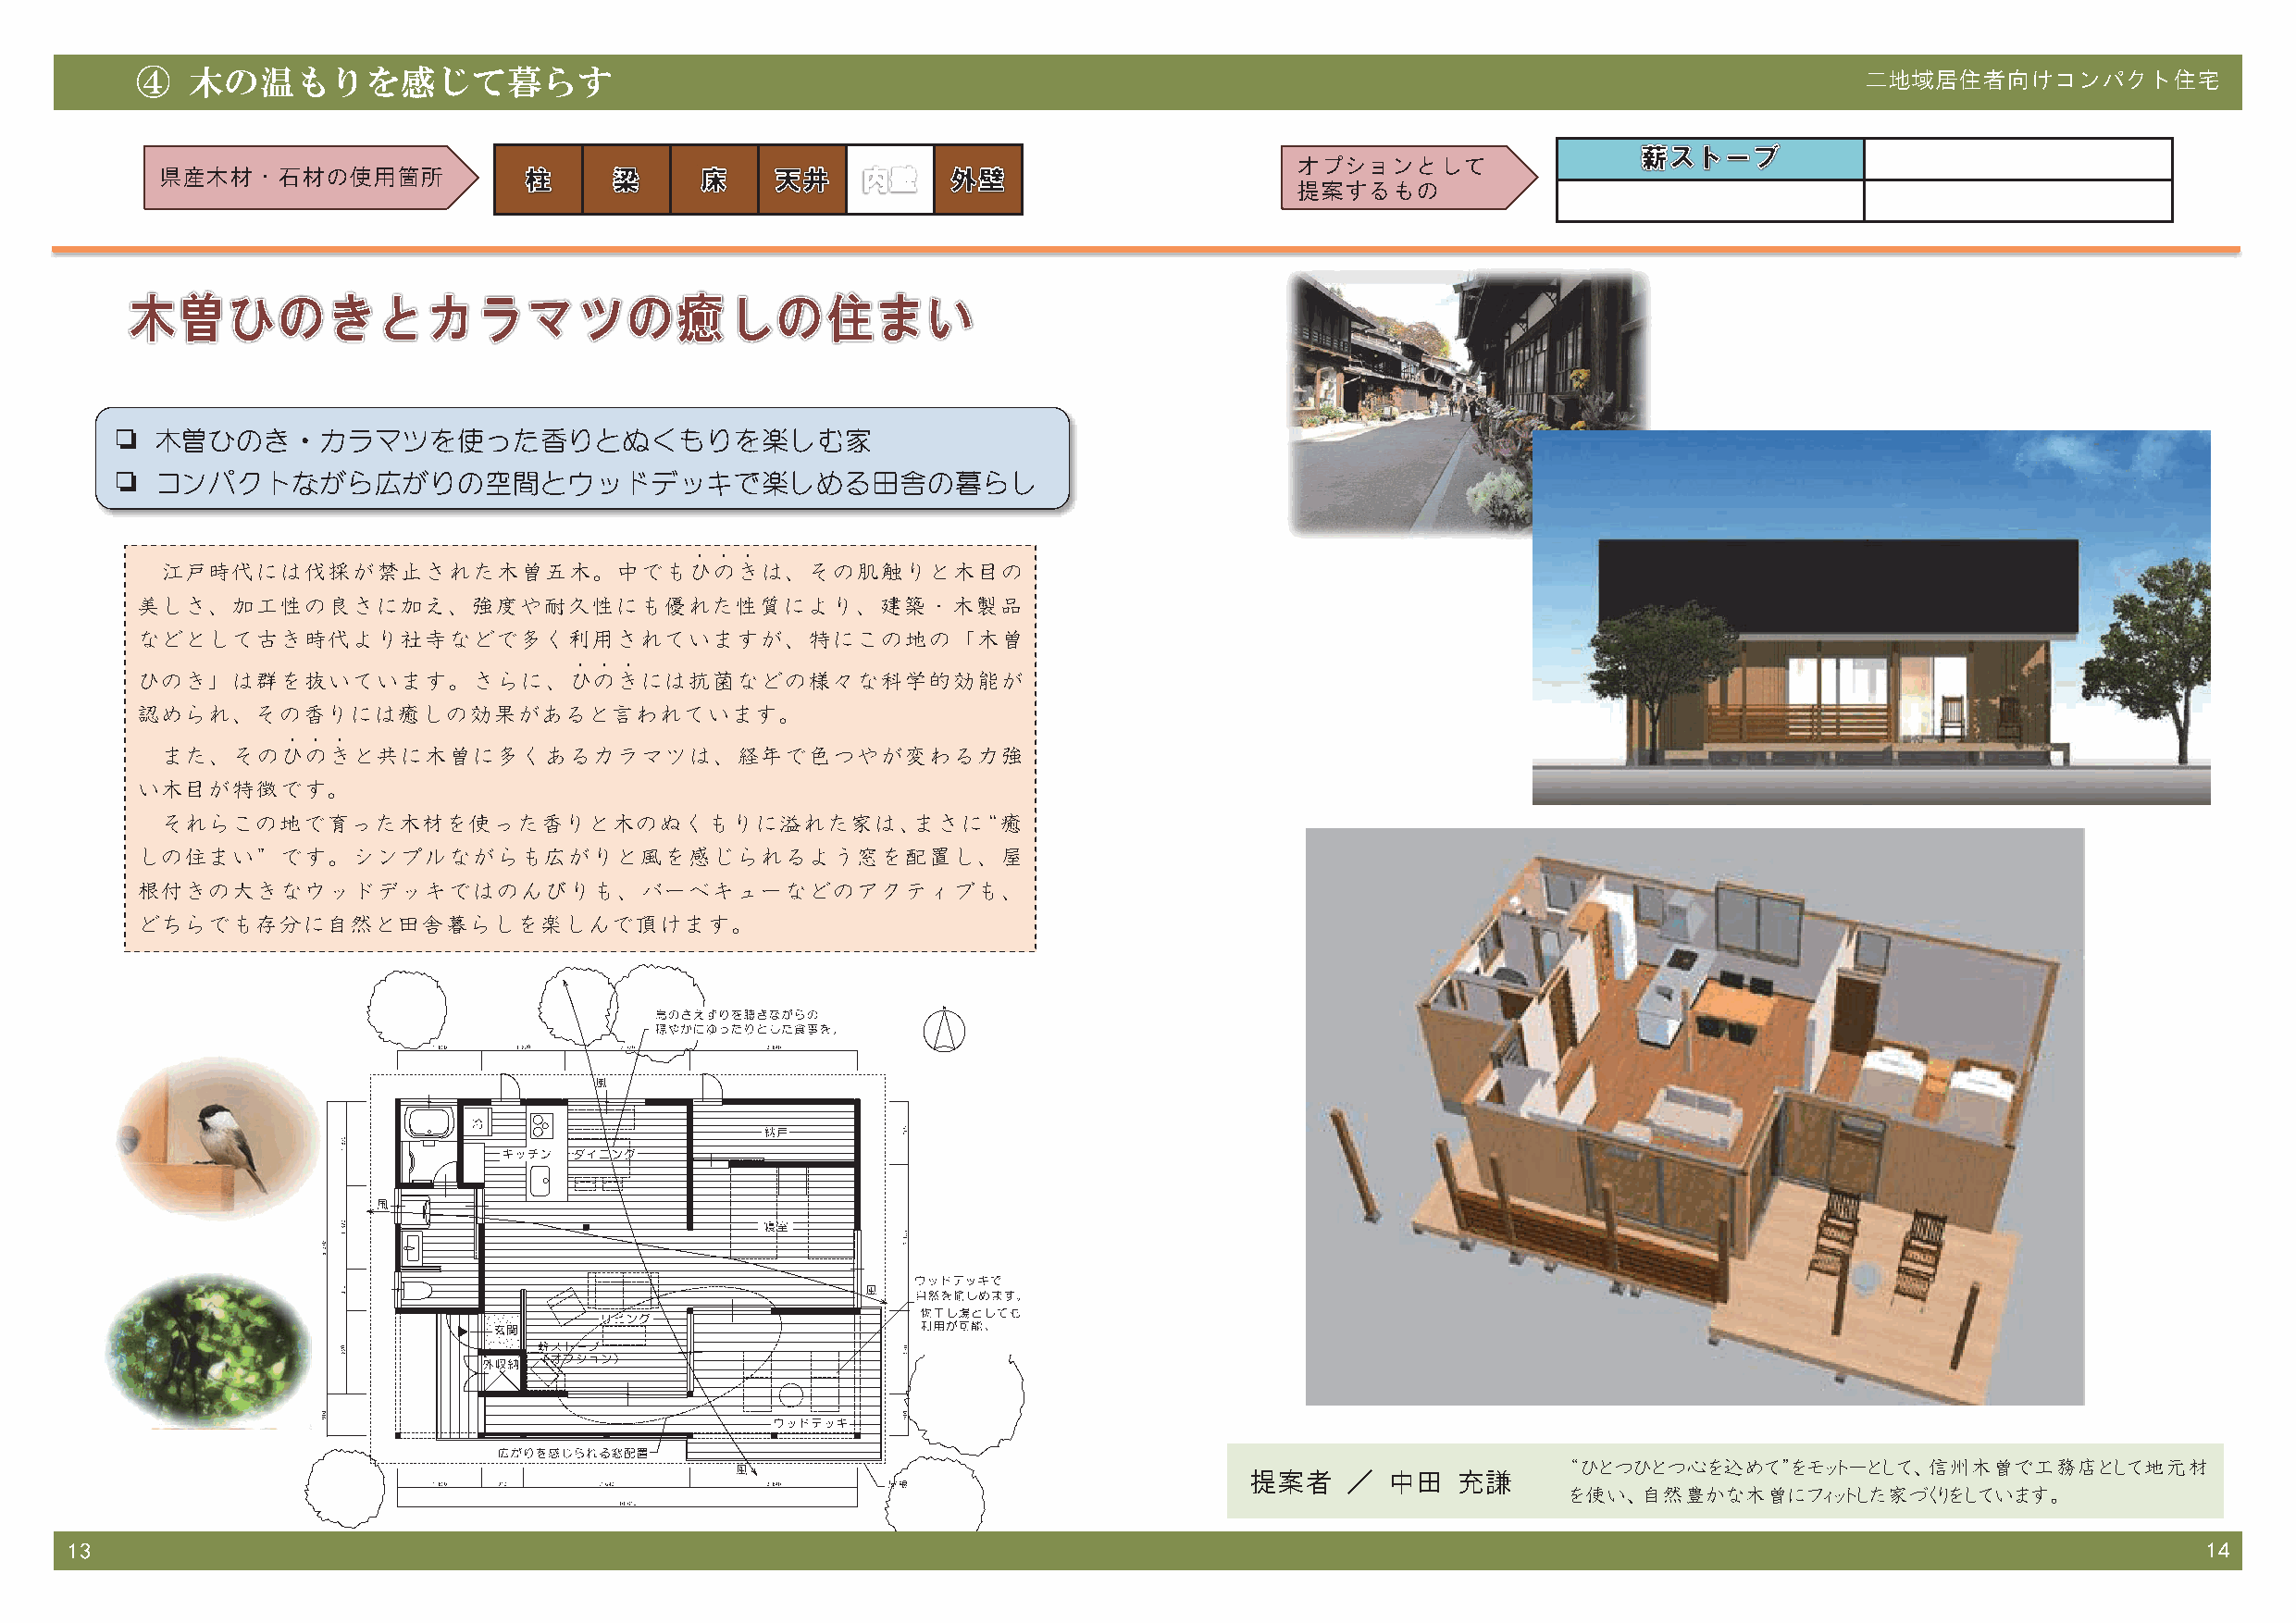
④   木の温もりを感じて暮らす                                                                                                           二地域居住者向けコンパクト住宅
 オプションとして
 県産木材・石材の使用箇所
 提案するもの
 ❏  木曽ひのき・カラマツを使った香りとぬくもりを楽しむ家
 ❏  コンパクトながら広がりの空間とウッドデッキで楽しめる田舎の暮らし
 ．．．
 江戸時代には伐採が禁止された木曽五木。中でもひのきは、その肌触りと木目の
 美しさ、加工性の良さに加え、強度や耐久性にも優れた性質により、建築・木製品
 などとして古き時代より社寺などで多く利用されていますが、特にこの地の「木曽
 ．．．
 ひのき」は群を抜いています。さらに、ひのきには抗菌などの様々な科学的効能が
 認められ、その香りには癒しの効果があると言われています。
 ．．．
 また、そのひのきと共に木曽に多くあるカラマツは、経年で色つやが変わる力強
 い木目が特徴です。
 それらこの地で育った木材を使った香りと木のぬくもりに溢れた家は、まさに“癒
 しの住まい”です。シンプルながらも広がりと風を感じられるよう窓を配置し、屋
 根付きの大きなウッドデッキではのんびりも、バーベキューなどのアクティブも、
 どちらでも存分に自然と田舎暮らしを楽しんで頂けます。
 “ひとつひとつ心を込めて”をモットーとして、信州木曽で工務店として地元材
 提案者    ／  中田   充謙
 を使い、自然豊かな木曽にフィットした家づくりをしています。
 13                                                                                                                                                       14